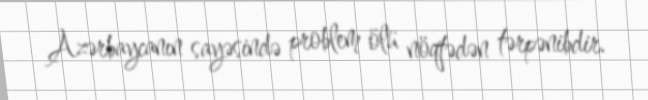
Azərbaycanın sayəsində problem ölü nöqtədən tərpənibdir.